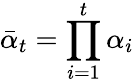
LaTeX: \bar{\alpha}_{t}=\prod_{i=1}^{t}\alpha_{i}